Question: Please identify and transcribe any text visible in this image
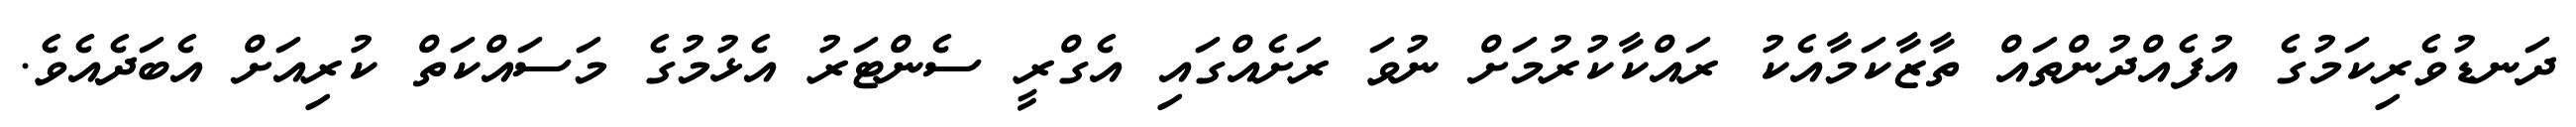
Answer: ދަނޑުވެރިކަމުގެ އުފެއްދުންތައް ތާޒާކަމާއެކު ރައްކާކުރުމަށް ނުވަ ރަށެއްގައި އެގްރީ ސެންޓަރު އެޅުމުގެ މަސައްކަތް ކުރިއަށް އެބަދެއެވެ.